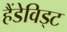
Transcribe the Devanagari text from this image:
हैंडेविड्ट